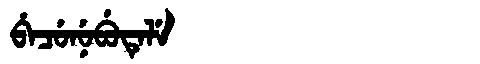
Manchu: ᠪᡝᠴᡠᠨᡠᠪᡠᡨᡝᠯᡝ
Romanization: BECUNUBUTELE